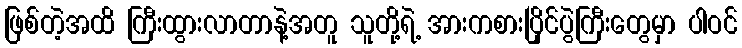
ဖြစ်တဲ့အထိ ကြီးထွားလာတာနဲ့အတူ သူတို့ရဲ့ အားကစားပြိုင်ပွဲကြီးတွေမှာ ပါဝင်